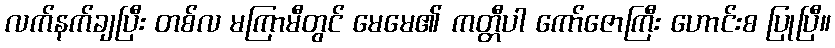
လက်နက်ချပြီး တစ်လ မကြာမီတွင် မေမေ၏ ကတ္တီပါ ကော်ဇောကြီး ဟောင်းစ ပြုပြီ။